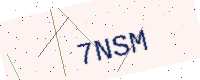
Text: 7NSM